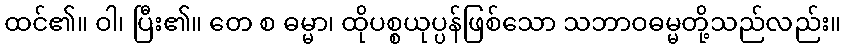
ထင်၏။ ဝါ၊ ပြီး၏။ တေ စ ဓမ္မာ၊ ထိုပစ္စယုပ္ပန်ဖြစ်သော သဘာဝဓမ္မတို့သည်လည်း။